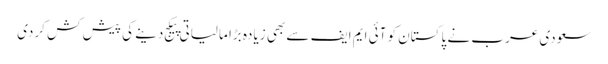
سعودی عرب نے پاکستان کو آئی ایم ایف سے بھی زیادہ بڑا مالیاتی پیکج دینے کی پیش کش کردی